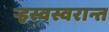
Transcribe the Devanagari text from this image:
ऱ्हस्वस्वरान्त